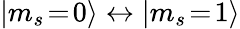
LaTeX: |m_{s}\! =\! 0\rangle\leftrightarrow|m_{s}\! =\! 1\rangle